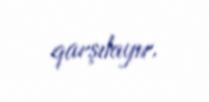
qarşılayır.